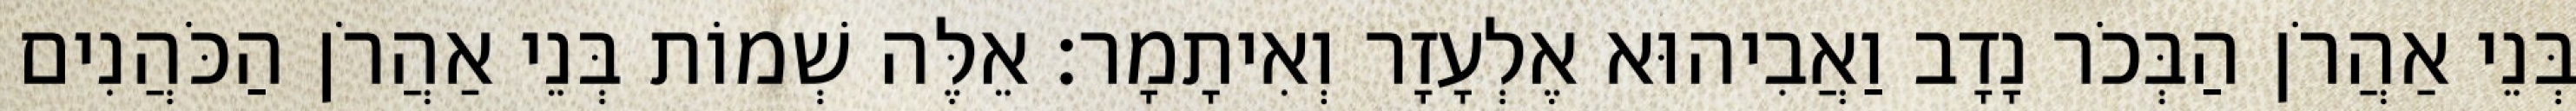
בְּנֵי אַהֲרֹן הַבְּכֹר נָדָב וַאֲבִיהוּא אֶלְעָזָר וְאִיתָמָר׃ אֵלֶּה שְׁמוֹת בְּנֵי אַהֲרֹן הַכֹּהֲנִים